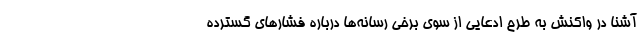
آشنا در واکنش به طرح ادعایی از سوی برخی رسانه‌ها درباره فشارهای گسترده